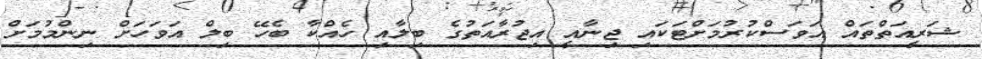
ޝަރީއަތްތައް އަވަސްކުރުމަށްޓަކައި ޖިނާއީ އިޖުރާއަތުގެ ބިލާއި ހެއްކާ ބެހޭ ބިލް އަވަހަށް ނިންމުމަށް